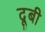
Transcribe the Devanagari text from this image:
दूबी